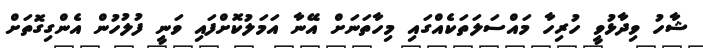
ޝާހު ވިދާޅުވީ ހުރިހާ މައްސަލަތަކެއްގައި މިހާތަނަށް އޭނާ އަމަލުކޮށްފައި ވަނީ ފުލުހުން އެންގިގޮތަށް